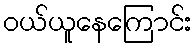
ဝယ်ယူနေကြောင်း